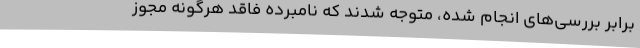
برابر بررسی‌های انجام شده، متوجه شدند که نامبرده فاقد هرگونه مجوز